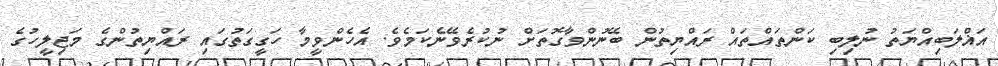
އަޣްލަބިއްޔަތު ނުލިބި ކަންތައްތައް ރައްޔިތުން ބޭނުންވާގޮތަށް ނުކުރެވޭނެކަމެވެ. އެހެންވީމާ ހަގީގަތުގައި ރައްޔިތުންގެ މަޖިލީހުގެ